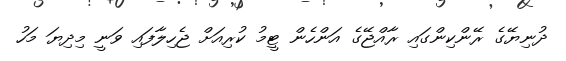
ދުނިޔޭގެ ރޭންކިންގައި ރާއްޖޭގެ އަންހެން ޓީމު ކުރިއަށް ޖެހިލާފައި ވަނީ މިދިޔަ މަހު